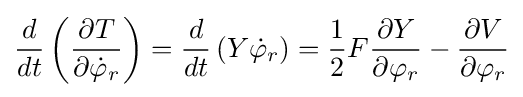
{\frac {d}{dt}}\left({\frac {\partial T}{\partial {\dot {\varphi }}_{r}}}\right)={\frac {d}{dt}}\left(Y{\dot {\varphi }}_{r}\right)={\frac {1}{2}}F{\frac {\partial Y}{\partial \varphi _{r}}}-{\frac {\partial V}{\partial \varphi _{r}}}